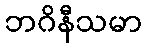
ဘဂိနီသမာ